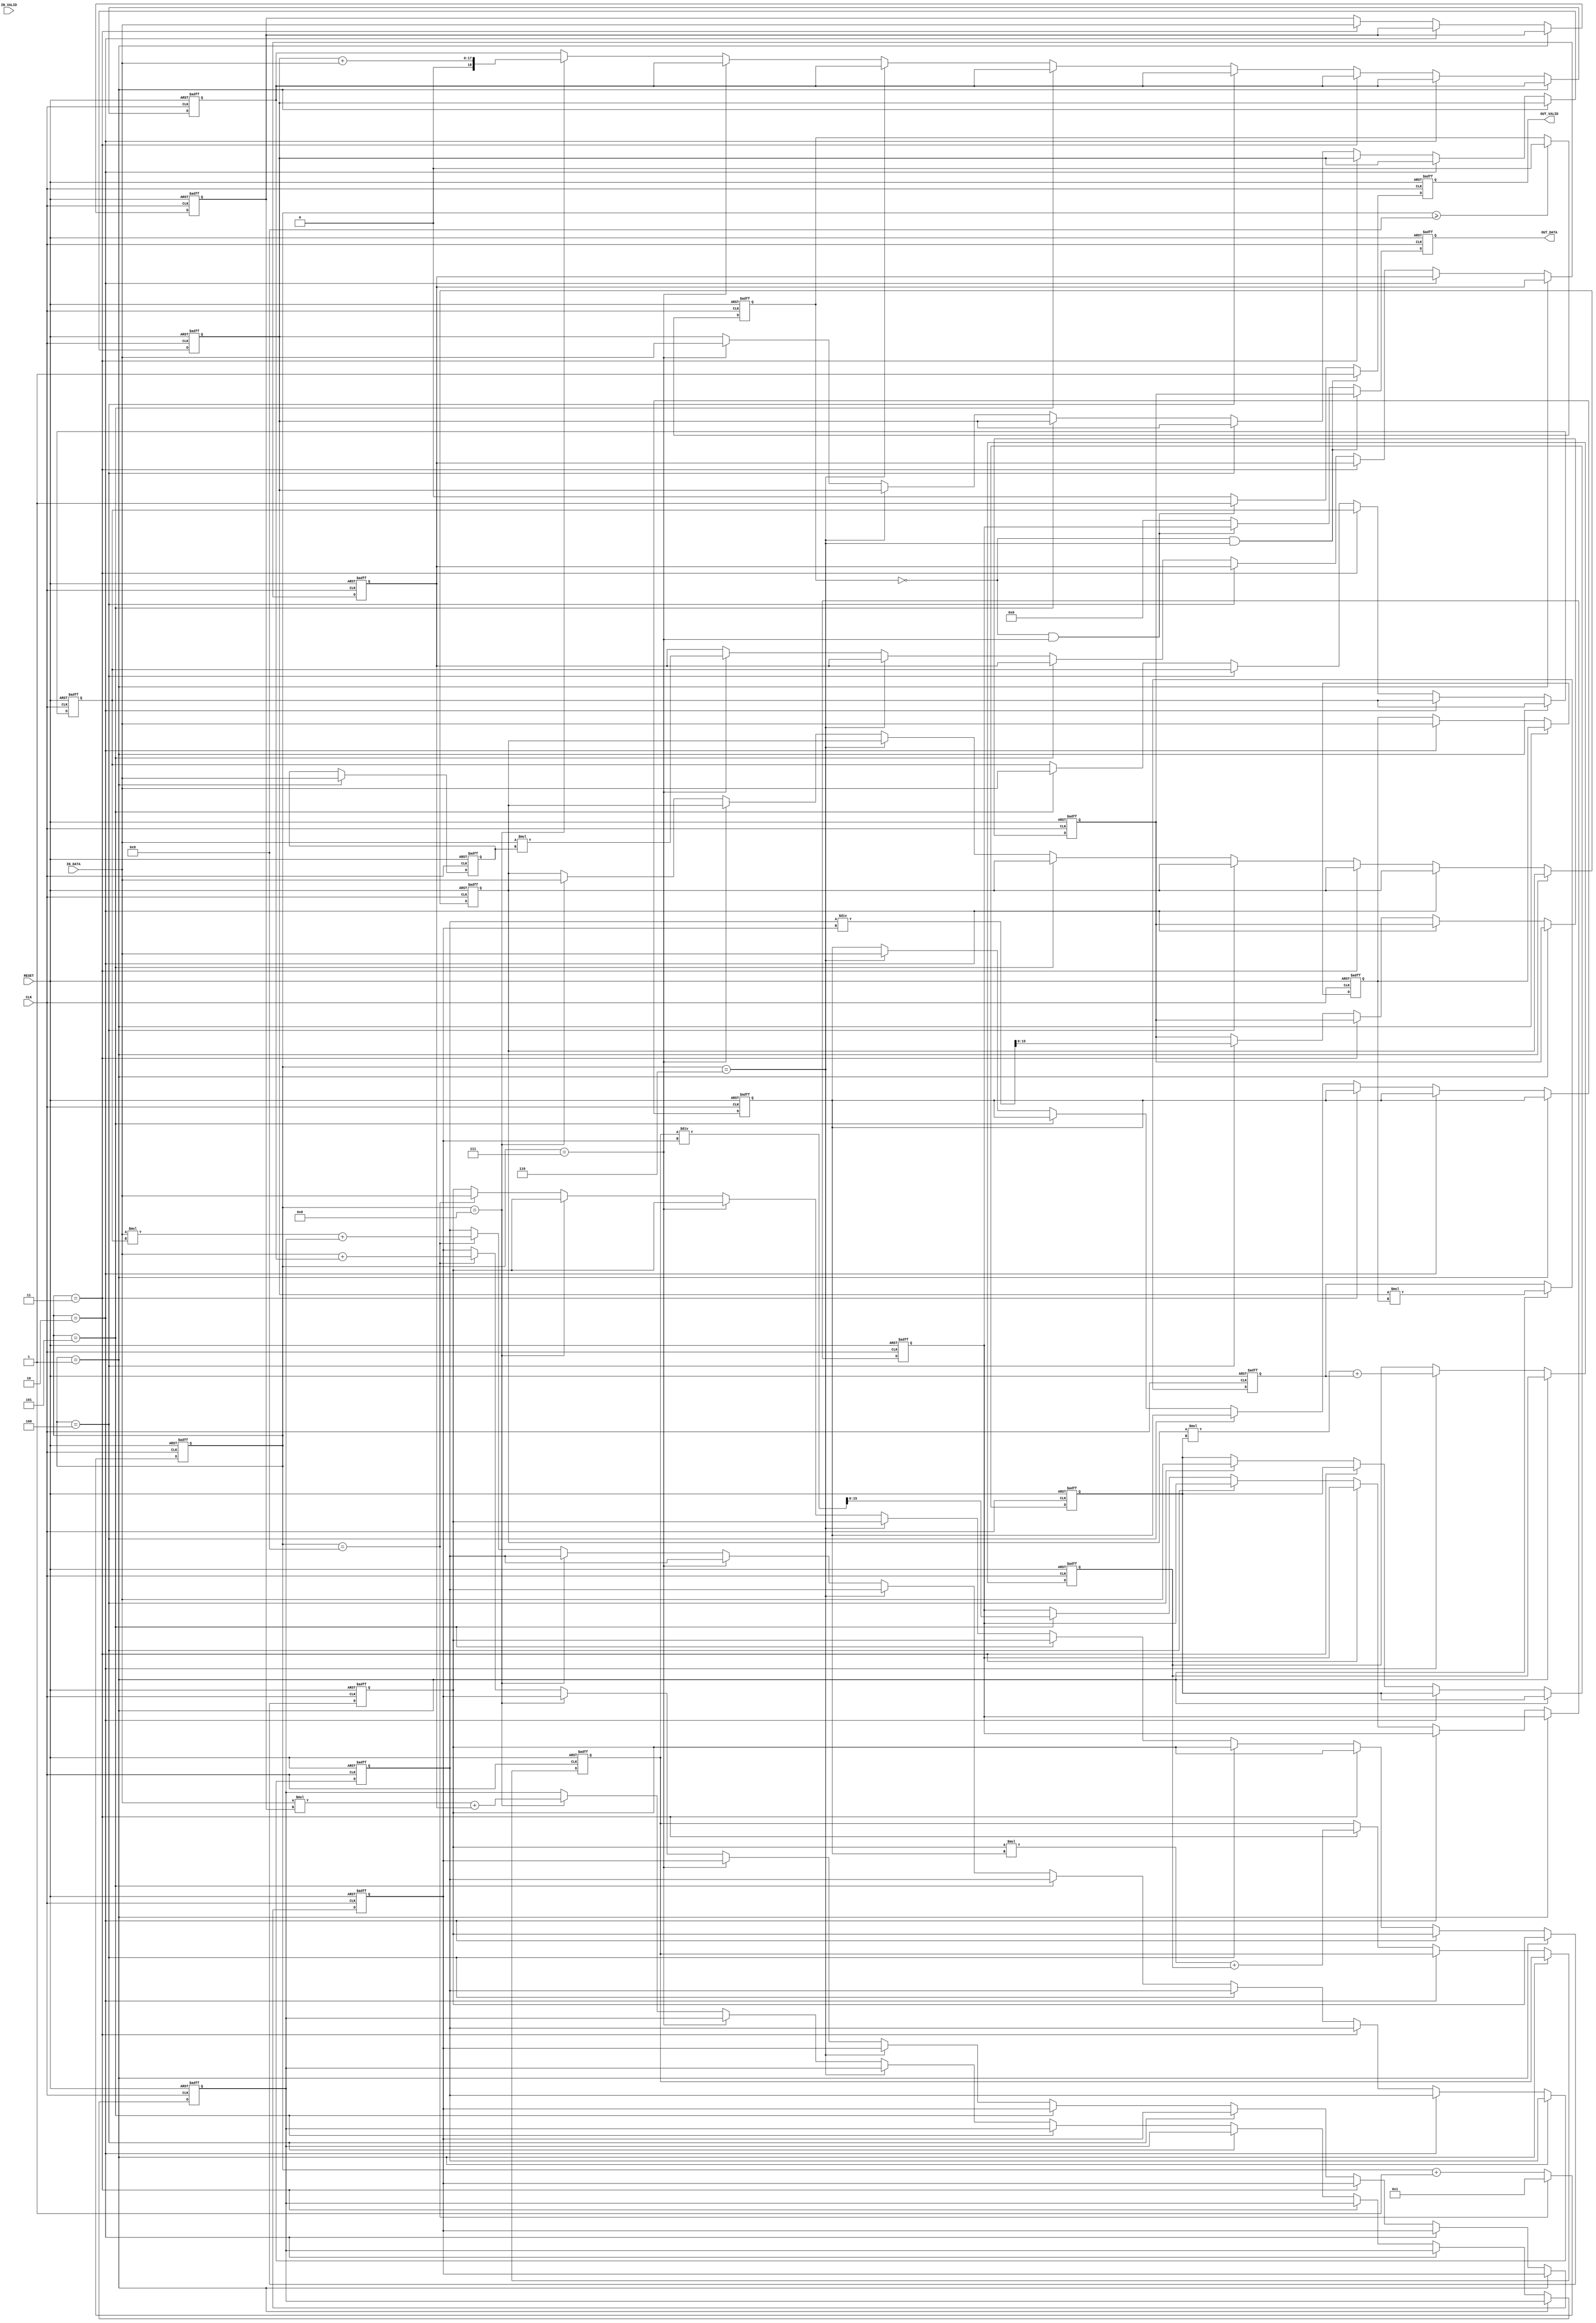
//------------------------------------------------------//
//- Digital IC Design 2021                              //
//-                                                     //
//- Lab06: Logic Synthesis                              //
//------------------------------------------------------//
`timescale 1ns/10ps

module  Incenter(
			CLK,
			RESET,
			IN_DATA,
			IN_VALID,
			OUT_DATA,
			OUT_VALID
			);

	input CLK, RESET;
	input [16:0] IN_DATA;
	input IN_VALID;
	output reg [15:0] OUT_DATA;
	output reg OUT_VALID;

//Write Your Design Here
reg [16:0] x1,y1,x2,y2,x3,y3,a,b,c;
reg [3:0] count;


reg [18:0] ab,abc;
reg [31:0] ax1;
reg [32:0] ax1bx2,ax1bx2cx3;
reg [32:0] ay1,ay1by2,ay1by2cy3;
reg flag;
reg [15:0] x_total,y_total;

always@(posedge CLK or posedge RESET)	
begin
	if (RESET)
	count <= 4'd1;
	else if (count == 4'd9)
	count <= 4'd1;
	else
	count <= count + 1'b1;
end

always@(posedge CLK or posedge RESET)	//take out IN_DATA
begin
	if (RESET)
		begin
		x1 <= 17'd0;
		y1 <= 17'd0;
		x2 <= 17'd0;
		y2 <= 17'd0;
		x3 <= 17'd0;
		y3 <= 17'd0;
		 a <= 17'd0;
		 b <= 17'd0;
		 c <= 17'd0;	
		ax1 		 <= 32'd0;
		ax1bx2 	  	 <= 33'd0;
		ax1bx2cx3 	 <= 33'd0;
		ab 		 <= 19'd0;
		abc		 <= 19'd0;	
		ay1 <= 33'd0;
		ay1by2 <= 33'd0;
		ay1by2cy3 <= 33'd0;
		x_total <= 16'd0; 
		y_total <= 16'd0;
		end
	else if (count == 4'd1 )
		begin
		x1 <= IN_DATA;
		ay1 <= a * y1;
		end
	else if (count == 4'd2 )
		begin
		y1 <= IN_DATA;
		ay1by2 <= (b * y2) + ay1;
		end
	else if (count == 4'd3 )
		begin
		x2 <= IN_DATA;
		ay1by2cy3 <= (c * y3) + ay1by2;
		end
	else if (count == 4'd4 )
		begin
		y2 <= IN_DATA;
		x_total <= ax1bx2cx3 / abc;
		end
	else if (count == 4'd5 )
		begin
		x3 <= IN_DATA;
		y_total <= ay1by2cy3 / abc;
		end
	else if (count == 4'd6 )
		y3 <= IN_DATA;
	else if (count == 4'd7 )
		begin
		a <= IN_DATA;
		ax1 <= IN_DATA*x1;
		end
	else if (count == 4'd8 )
		begin

		b <= IN_DATA;
		ax1bx2 <= (IN_DATA * x2) + ax1;
		ab <= a + IN_DATA;
		end

	else if (count == 4'd9 )
		begin
		c <= IN_DATA;
		ax1bx2cx3 <= (IN_DATA * x3) + ax1bx2;
		abc <= IN_DATA + ab;
		end 

	else 
		begin
		x1 <= x1;
		y1 <= y1;
		x2 <= x2;
		y2 <= y2;
		x3 <= x3;
		y3 <= y3;
		 a <= a;
		 b <= b;
		 c <= c;	
		ax1 		 <= ax1;
		ax1bx2 	  	 <= ax1bx2;
		ax1bx2cx3 	 <= ax1bx2cx3;
		ab 		 <= ab;
		abc		 <= abc;
		ay1 <= ay1;
		ay1by2 <= ay1by2;
		ay1by2cy3 <= ay1by2cy3;
		x_total <= x_total;
		y_total <= y_total;
		end
end

always@(posedge CLK or posedge RESET)
begin
	if (RESET)
	flag <= 1'b1;
	else if (count >= 4'd9)
	flag <= 1'b0;
	else 
	flag <= flag;
end



always@(posedge CLK or posedge RESET)
begin
	if (RESET)
	begin
	OUT_VALID <= 1'b0;
	OUT_DATA <= 16'd0;
	end	
	else if (flag == 1'b0 & count == 4'd6)
	begin
	OUT_VALID <= 1'b1;
	OUT_DATA <= x_total;
	end
	else if (flag == 1'b0 & count == 4'd7)
	begin
	OUT_VALID <= 1'b1;
	OUT_DATA <= y_total;
	end
	else
	begin
	OUT_VALID <= 1'b0;
	OUT_DATA <= 16'd0;
	end
end

endmodule